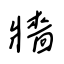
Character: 牆